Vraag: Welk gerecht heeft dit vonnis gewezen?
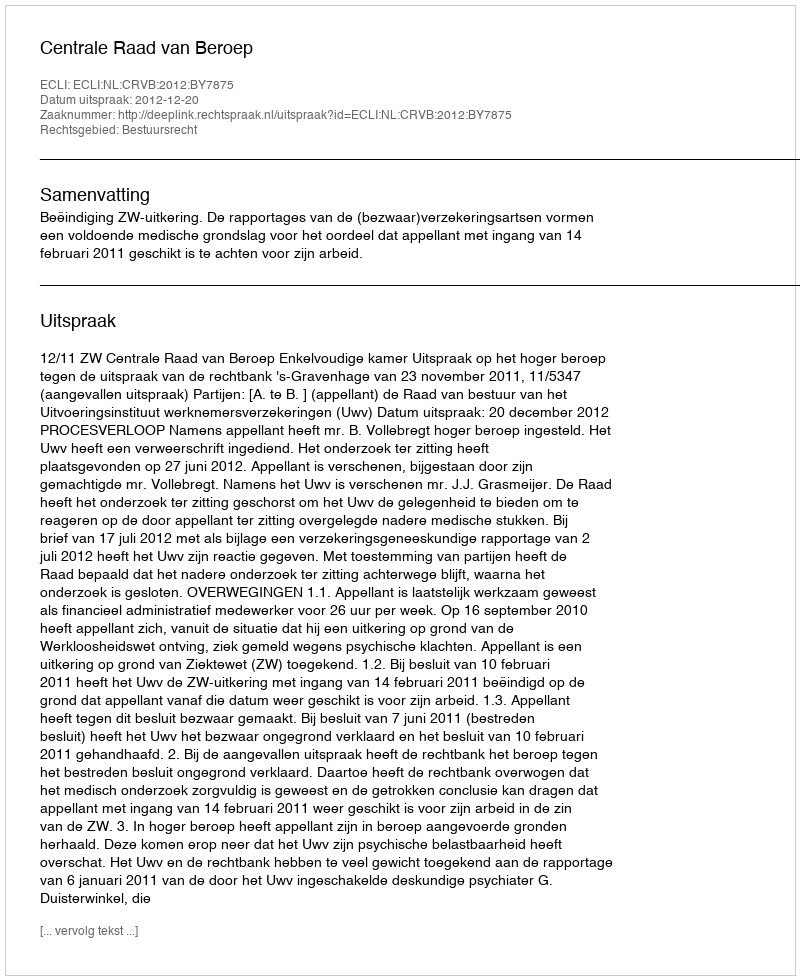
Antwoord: Centrale Raad van Beroep